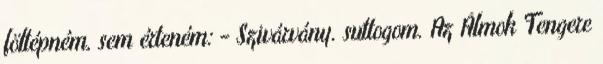
föltépném, sem érteném: - Szivárvány. suttogom. Az Álmok Tengere